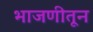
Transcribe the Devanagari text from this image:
भाजणीतून